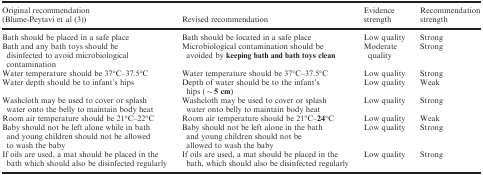
<table><thead><tr><td><b>Original recommendation (Blume‐Peytavi et al 3)</b></td><td><b>Revised recommendation</b></td><td><b>Evidence strength</b></td><td><b>Recommendation strength</b></td></tr></thead><tbody><tr><td>Bath should be placed in a safe place</td><td>Bath should be located in a safe place</td><td>Low quality</td><td>Strong</td></tr><tr><td>Bath and any bath toys should be disinfected to avoid microbiological contamination</td><td>Microbiological contamination should be avoided by <b>keeping bath and bath toys clean</b></td><td>Moderate quality</td><td>Strong</td></tr><tr><td>Water temperature should be 37°C–37.5°C</td><td>Water temperature should be 37°C–37.5°C</td><td>Low quality</td><td>Strong</td></tr><tr><td>Water depth should be to infant&#x27;s hips</td><td>Depth of water should be to the infant&#x27;s hips (<b>∼5 cm</b>)</td><td>Low quality</td><td>Weak</td></tr><tr><td>Washcloth may be used to cover or splash water onto the belly to maintain body heat</td><td>Washcloth may be used to cover or splash water onto belly to maintain body heat</td><td>Low quality</td><td>Strong</td></tr><tr><td>Room air temperature should be 21°C–22°C</td><td>Room air temperature should be 21°C–<b>24</b>°C</td><td>Low quality</td><td>Weak</td></tr><tr><td>Baby should not be left alone while in bath and young children should not be allowed to wash the baby</td><td>Baby should not be left alone in the bath and young children should not be allowed to wash the baby</td><td>Low quality</td><td>Strong</td></tr><tr><td>If oils are used, a mat should be placed in the bath which should also be disinfected regularly</td><td>If oils are used, a mat should be placed in the bath, which should also be disinfected regularly</td><td>Low quality</td><td>Strong</td></tr></tbody></table>